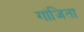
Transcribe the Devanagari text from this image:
गांजिता